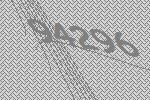
94296